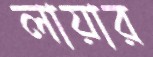
লায়ার